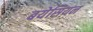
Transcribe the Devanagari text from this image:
बयेसियन